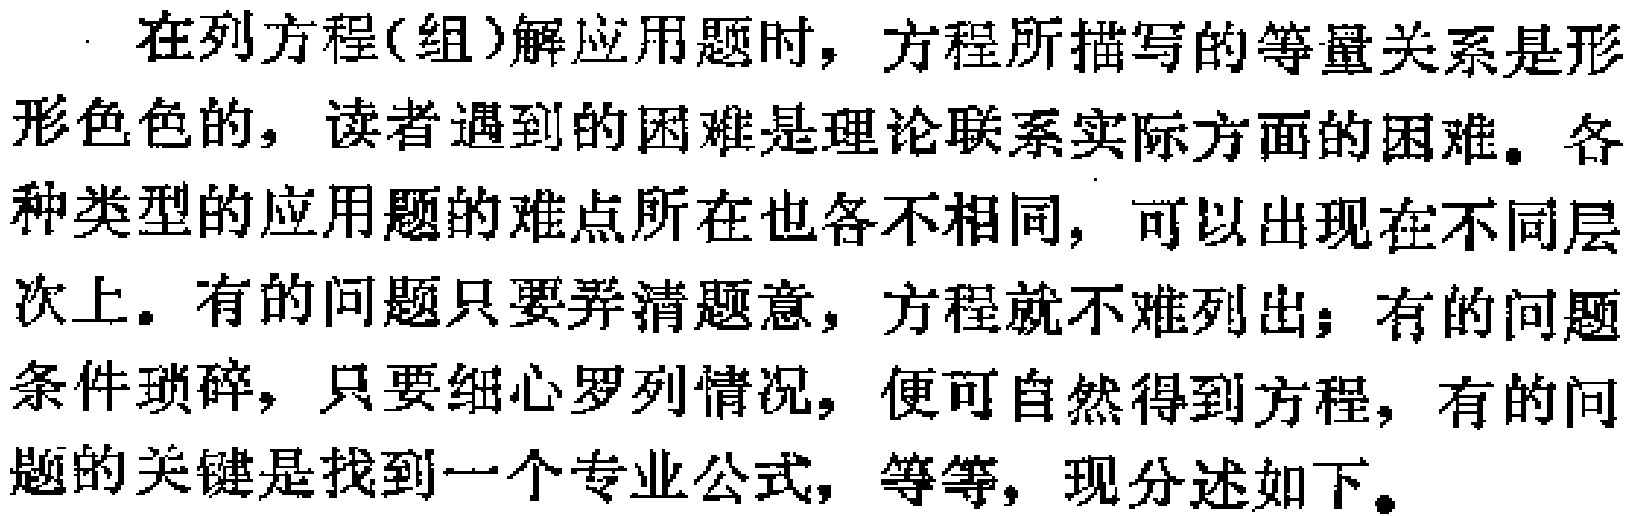
在列方程(组)解应用题时，方程所描写的等量关系是形形色色的，读者遇到的困难是理论联系实际方面的困难。各种类型的应用题的难点所在也各不相同，可以出现在不同层次上。有的问题只要弄清题意，方程就不难列出；有的问题条件琐碎，只要细心罗列情况，便可自然得到方程，有的问题的关键是找到一个专业公式，等等，现分述如下。